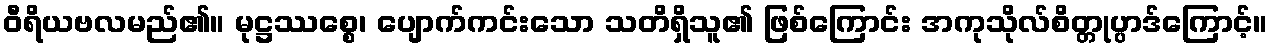
ဝီရိယဗလမည်၏။ မုဋ္ဌဿစ္စေ၊ ပျောက်ကင်းသော သတိရှိသူ၏ ဖြစ်ကြောင်း အကုသိုလ်စိတ္တုပ္ပာဒ်ကြောင့်။